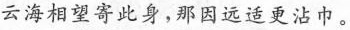
云海相望寄此身，那因远适更沾巾。